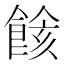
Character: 餩